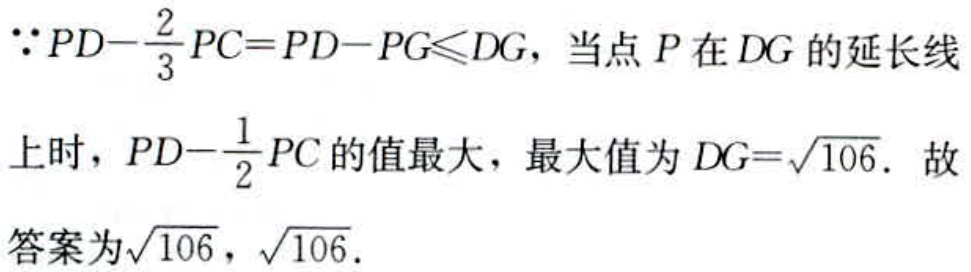
\(\because PD - \frac{2}{3}PC = PD - PG\leqslant DG\)，当点\(P\)在\(DG\)的延长线
上时，\(PD - \frac{1}{2}PC\)的值最大，最大值为\(DG = \sqrt{106}\). 故
答案为\(\sqrt{106}\)，\(\sqrt{106}\).